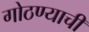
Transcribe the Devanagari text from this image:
गोठण्याची